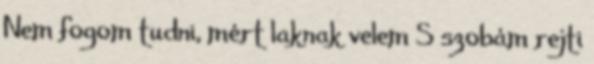
Nem fogom tudni, mért laknak velem S szobám rejti